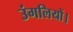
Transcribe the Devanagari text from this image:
उंगलियों।